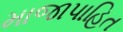
માજાપાહિત